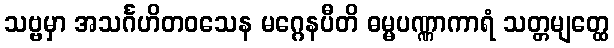
သဗ္ဗမှာ အသင်္ဂဟိတဝသေန မဂ္ဂေနပီတိ ဓမ္မပဏ္ဏာကာရံ သတ္တမျတ္ထေ